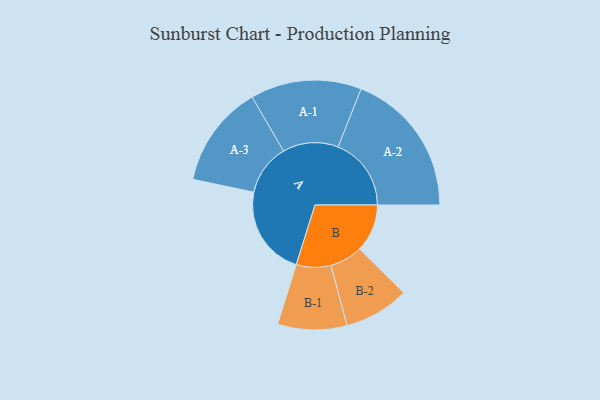
{"axis": {"x": "Segment", "y": "Value"}, "legend": ["", "A", "B"], "data": [{"x": "A", "y": 363, "type": ""}, {"x": "B", "y": 192, "type": ""}, {"x": "A-1", "y": 223, "type": "A"}, {"x": "A-2", "y": 294, "type": "A"}, {"x": "A-3", "y": 206, "type": "A"}, {"x": "B-1", "y": 139, "type": "B"}, {"x": "B-2", "y": 131, "type": "B"}]}